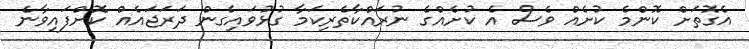
އެގޮތަށް ކޮންމެ ކުށެއް ވެސް އެ ކުށެއްގެ ނުރައްކާތެރިކަމާ ގުޅުވައިގެން ދަރަޖައެއް ކޮށްފައިވާނެ